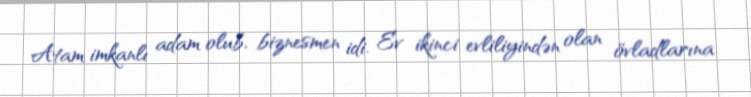
Atam imkanlı adam olub, biznesmen idi. Ev ikinci evliliyindən olan övladlarına